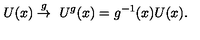
U ( x ) \stackrel { g } { \rightarrow } \ U ^ { g } ( x ) = g ^ { - 1 } ( x ) U ( x ) .